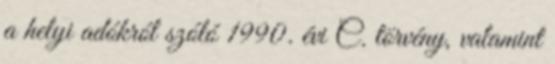
a helyi adókról szóló 1990. évi C. törvény, valamint